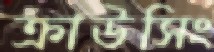
ক্রাউসিং